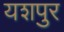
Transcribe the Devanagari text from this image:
यशपुर